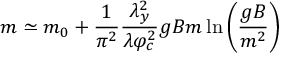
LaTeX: m \simeq m _ { 0 } + \frac { 1 } { \pi ^ { 2 } } \frac { \lambda _ { y } ^ { 2 } } { \lambda \varphi _ { c } ^ { 2 } } g B m \ln \left( \frac { g B } { m ^ { 2 } } \right)